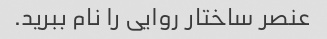
عنصر ساختار روایی را نام ببرید.